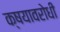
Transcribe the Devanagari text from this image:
क्षयावरोधी